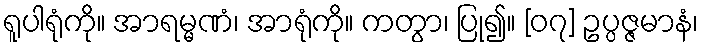
ရူပါရုံကို။ အာရမ္မဏံ၊ အာရုံကို။ ကတွာ၊ ပြု၍။ [၀၇] ဥပ္ပဇ္ဇမာနံ၊